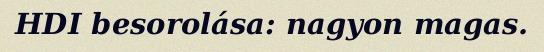
HDI besorolása: nagyon magas.